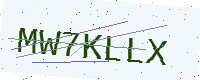
Text: MW7KLLX